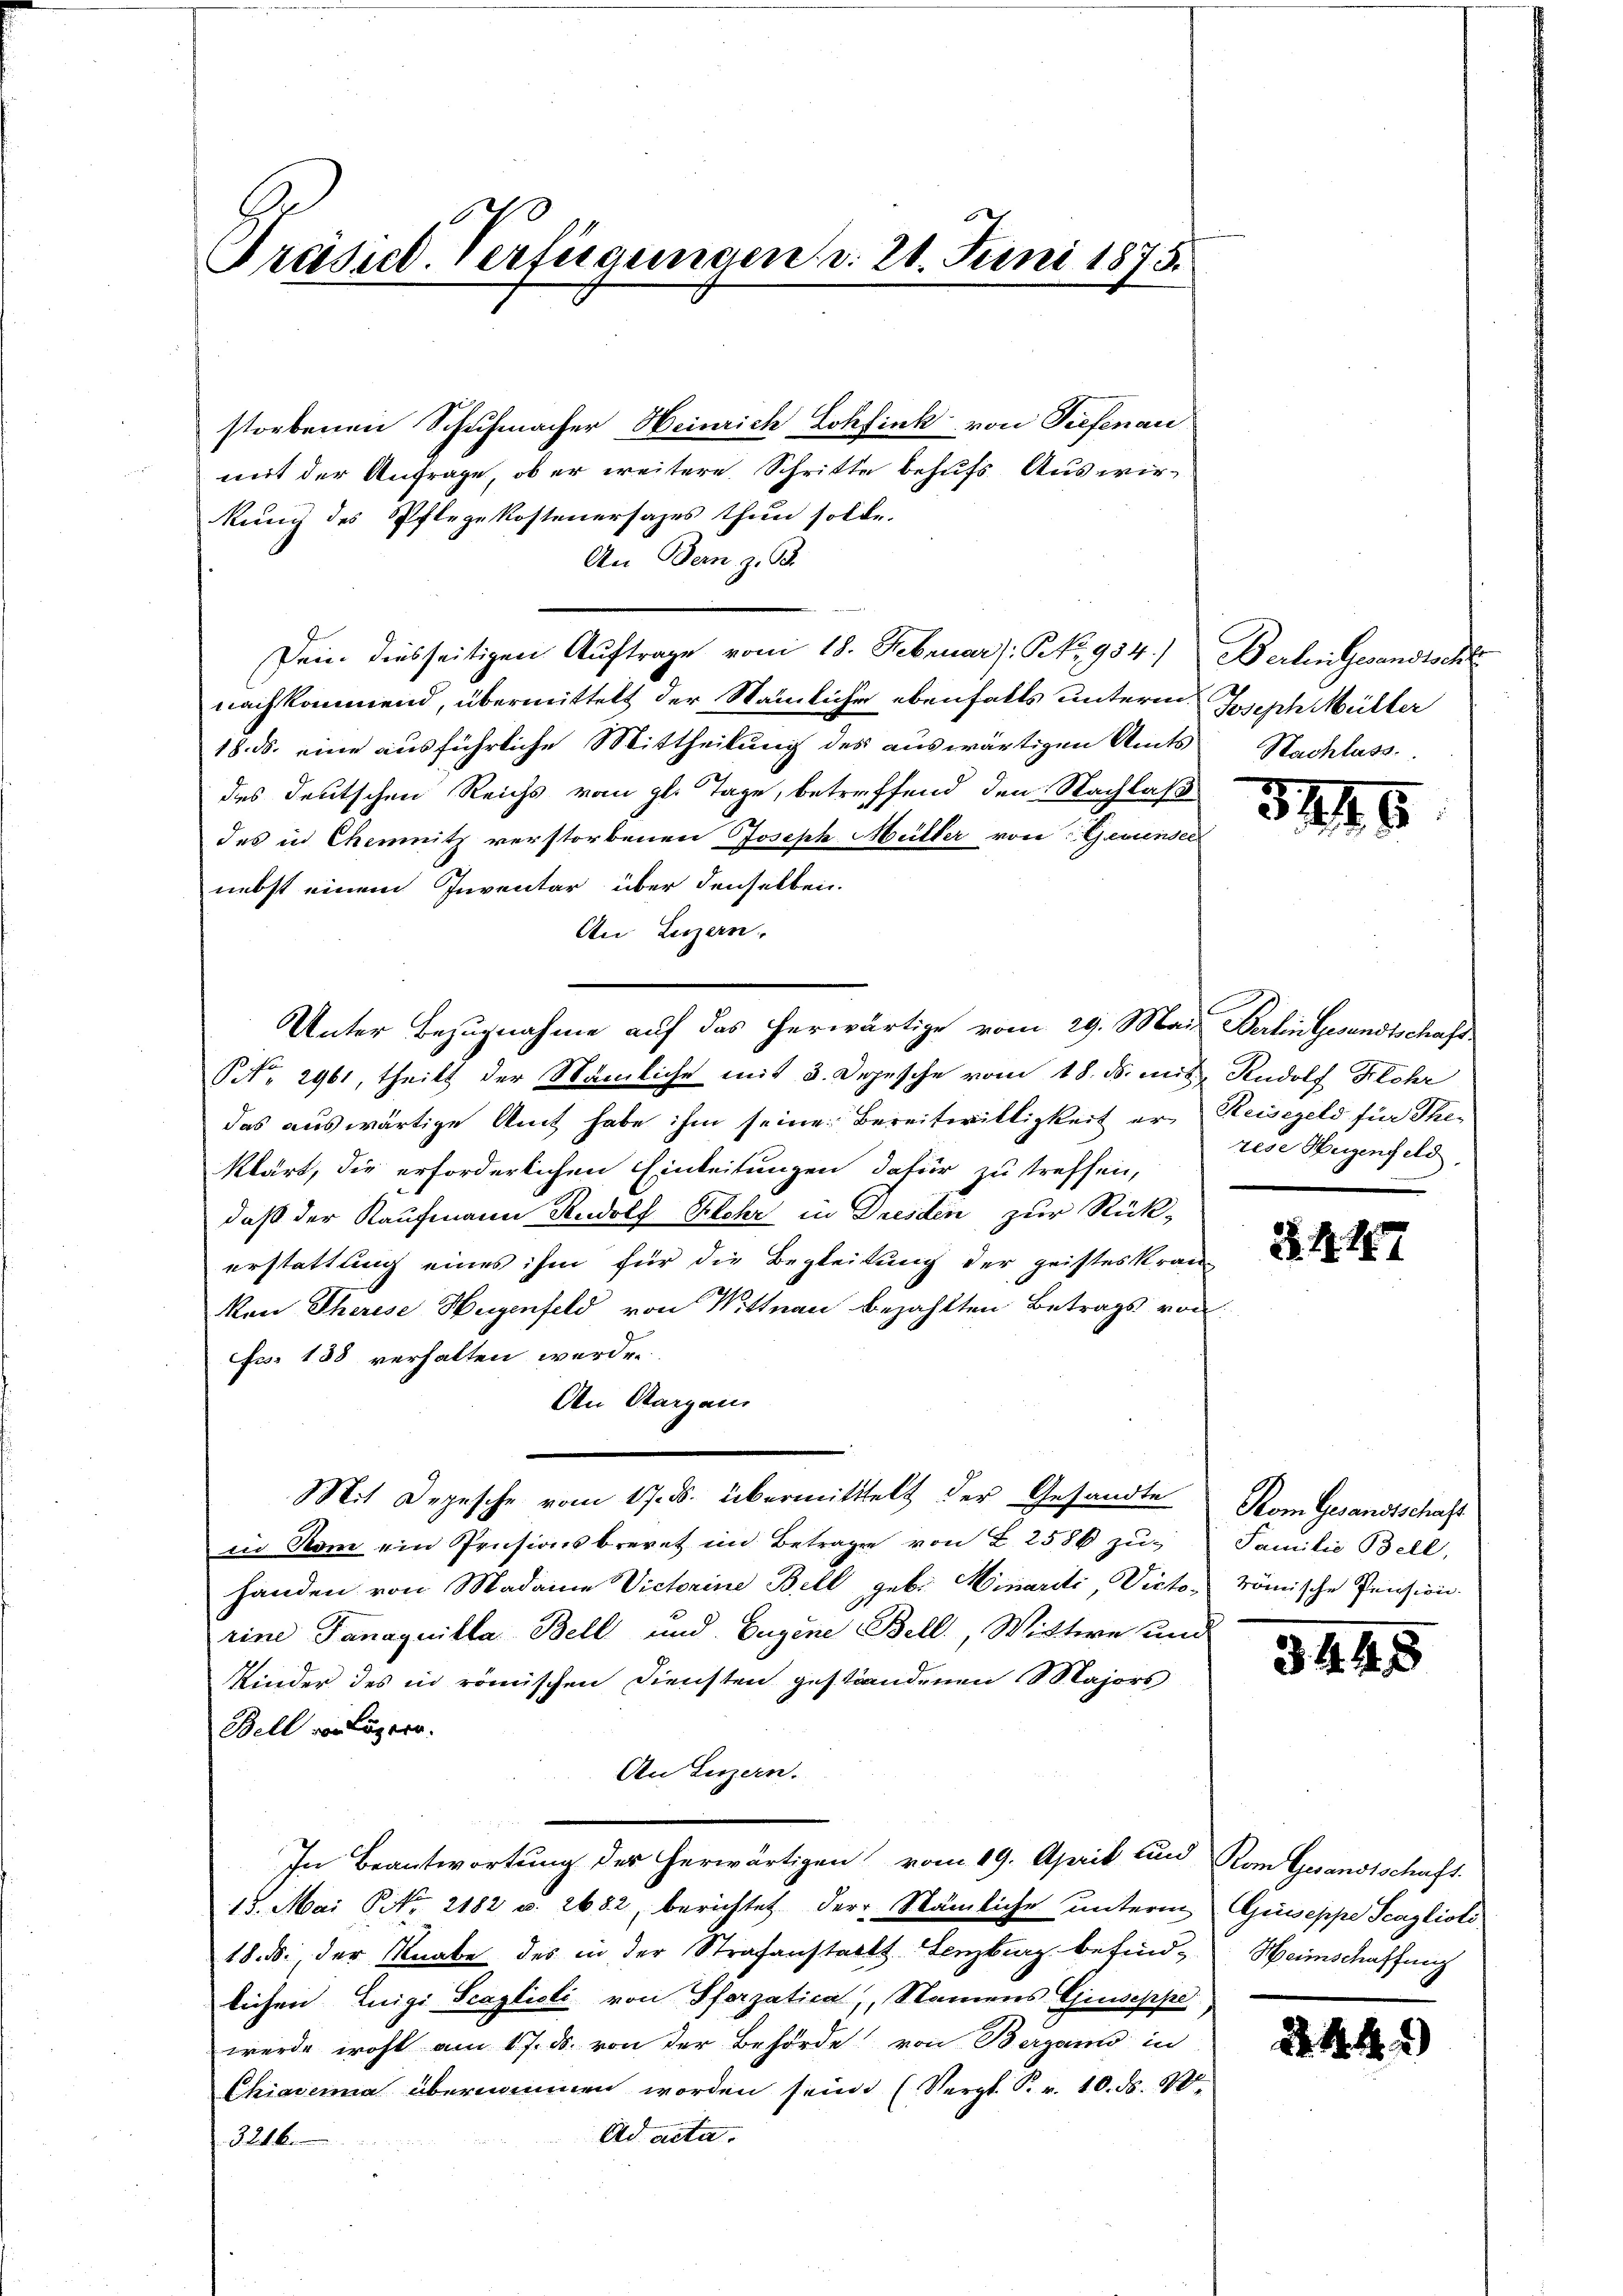
Präsid. Verfügungen d. 21. Juni 1875.

storbenen Schuhmacher Heinrich Lohfink von Tiefenau
mit der Anfrage, ob er weitere Schritte behufs Auswirkung des Pflegekostenersages thun solle.
An Bern z. B.
Dein diesseitigen Auftrage vom 18. Februar: No 984.)
nachkommend, übermittelt der Nämliche ebenfalls unterm Joseph Müller
18. ds. eine ausführliche Mittheilung des auswärtigen Amts Nachlass
des deutschen Reichs vom gl. Tage, betreffend den Nachlaß
des in Chemnitz verstorbenen Joseph Müller von Geviender
nebst einem Inventar über denselben.
An Luzern,
Unter Bezugnahme auf das herwärtige vom 29. Mai. Berlingesandtschaft¬
NNo. 2961, theilt der Nämliche mit 3. Depesche vom 18. ds. mit
das auswärtige Amt habe ihm seine Bereitwilligkeit er
klärt, die erforderlichen Einleitungen dafür zu treffen,
daß der Kaufmann Rudolf Klohr in Dresden zur Rück-
erstattung eines ihm für die Begleitung der geisteskran-
kan Therese Hugenfeld von Wittnau bezahlten Betrags von
Fr. 188 verhalten werden.
An Aargaus
Mit Depesche vom 17. ds. übermittelt der Gesandte
in Rom ein Pensionsberet im Betragen von L 2586 zuhanden von Madame Victorine Bell geb. Minariti, Victorine Fanaquilla Bell und Eugene Bell., Wittwe und
Kinder des in römischen Diensten gestandenen Majors
Bell von Luzern.
An Luzern.
In Beantwortung des herwärtigen vom 19. April und
15. Mai P. Nr. 2182 u. 2682, berichtet der Stämliche unterm
18. ds. der Knabe des in der Strafanstadts. Lenzburg befindlichen Luigi Scaglicli von Pforzatica, Namens Giuseppe
werde wohl am 17. ds. von der Behörde von Bergann in
Chiaverna übernommen worden sein. (Vergl. P. r. 10. d. 30
Ad acta.
3246.

Berlin Gesandtscht.

329

Rudolf Flohr
Reisegeld für Therede Heigenfeld.

2. 441

Pom Gesandtschaft
Familie Bell,
römische Pension.

344

Kom Gesandtschaft.
Guseppe Senzliste
Heimschaffung

d

5

5